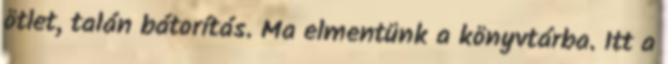
ötlet, talán bátorítás. Ma elmentünk a könyvtárba. Itt a